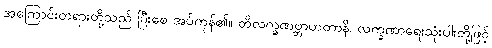
အကြောင်းတရားတို့သည် ပြီးစေ အပ်ကုန်၏။ တိလက္ခဏဗ္ဘာဟတာနိ၊ လက္ခဏာရေးသုံးပါးတို့ဖြင့်